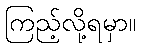
ကြည့်လို့ရမှာ။